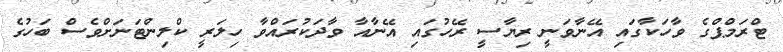
ޓްރަމްޕްގެ ވާހަކާގައި އޭނާވަނީ ރިޔާސީ ރޭހުގައި އޭނާއާ ވާދަކުރައްވާ ހިލަރީ ކްލިންޓަނަށްވެސް ބަހުގެ